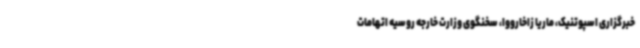
خبرگزاری اسپوتنیک، ماریا زاخارووا، سخنگوی وزارت خارجه روسیه اتهامات